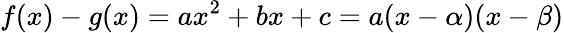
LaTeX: f(x)-g(x)=ax^{2}+bx+c=a(x-\alpha)(x-\beta)